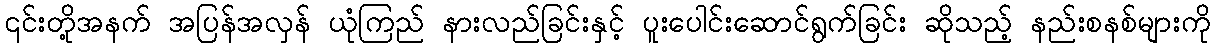
၎င်းတို့အနက် အပြန်အလှန် ယုံကြည် နားလည်ခြင်းနှင့် ပူးပေါင်းဆောင်ရွက်ခြင်း ဆိုသည့် နည်းစနစ်များကို